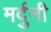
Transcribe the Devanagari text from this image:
मर्दुनी